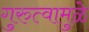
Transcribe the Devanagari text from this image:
गुरुत्वामुळे